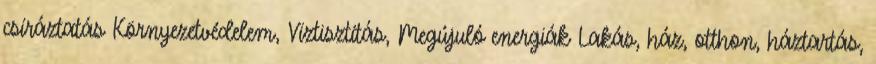
csíráztatás Környezetvédelem, Víztisztítás, Megújuló energiák Lakás, ház, otthon, háztartás,